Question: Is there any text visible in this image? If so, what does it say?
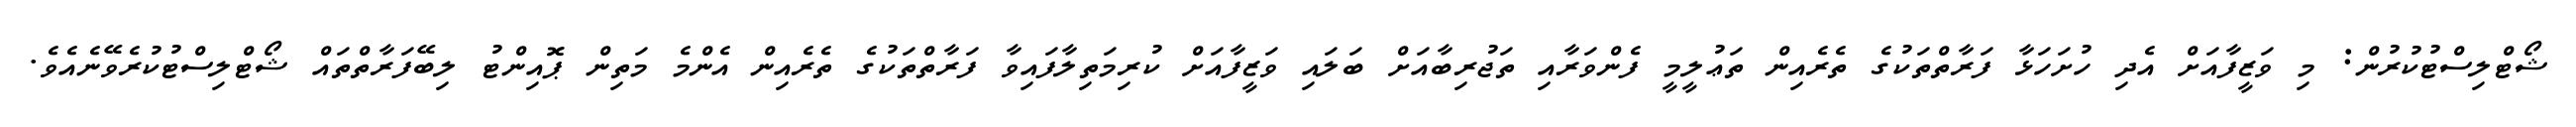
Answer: ޝޯޓްލިސްޓުކުރުން: މި ވަޒީފާއަށް އެދި ހުށަހަޅާ ފަރާތްތަކުގެ ތެރެއިން ތަޢުލީމީ ފެންވަރާއި ތަޖުރިބާއަށް ބަލައި ވަޒީފާއަށް ކުރިމަތިލާފައިވާ ފަރާތްތަކުގެ ތެރެއިން އެންމެ މަތިން ޕޮއިންޓު ލިބޭފަރާތްތައް ޝޯޓްލިސްޓުކުރެވޭނެއެވެ.